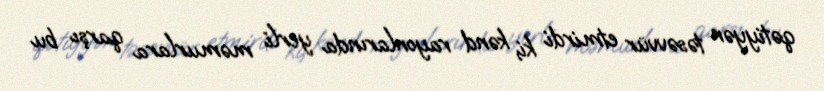
qətiyyən təsəvvür etmirdi ki, kənd rayonlarında yerli məmurlara qarşı bu